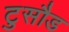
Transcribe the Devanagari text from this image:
टुसौड